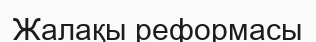
Жалақы реформасы